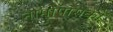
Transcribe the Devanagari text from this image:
नामोपासकों